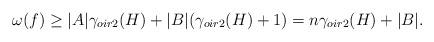
LaTeX: \begin{align*} \omega(f)\geq|A|\gamma_{oir2}(H)+|B|(\gamma_{oir2}(H)+1)=n\gamma_{oir2}(H)+|B|.\end{align*}